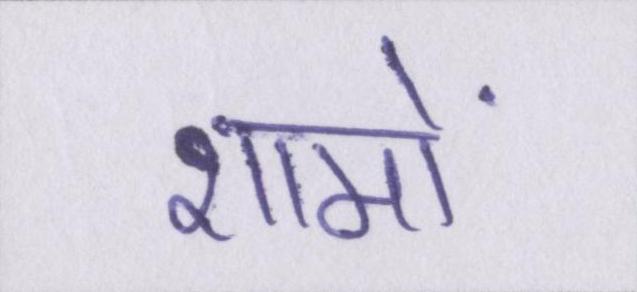
शामों